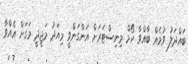
ބައްދަލު ވުމެއް ބާއްވާ ހޯމް މިނިސްޓަރަށް އަންގަންވީ މިއަދު މަޖީދީ މަގަށް އެއްވާ